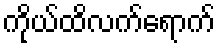
ကိုယ်ထိလက်ရောက်